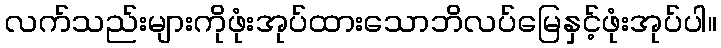
လက်သည်းများကိုဖုံးအုပ်ထားသောဘိလပ်မြေနှင့်ဖုံးအုပ်ပါ။